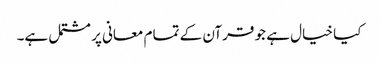
کیا خیال ہے جو قرآن کے تمام معانی پر مشتمل ہے۔